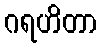
ဂရဟိတာ